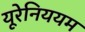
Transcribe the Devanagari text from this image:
यूरेनिययम